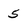
Character: 5